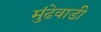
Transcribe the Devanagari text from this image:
मुंढेवाडी